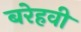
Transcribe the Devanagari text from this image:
बरेहवी